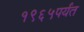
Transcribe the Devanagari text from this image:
१९६५पर्यंत